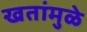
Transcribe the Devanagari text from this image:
खतांमुळे